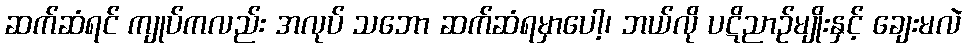
ဆက်ဆံရင် ကျုပ်ကလည်း အလုပ် သဘော ဆက်ဆံရမှာပေါ့၊ ဘယ်လို ပဋိညာဉ်မျိုးနှင့် ချေးမလဲ